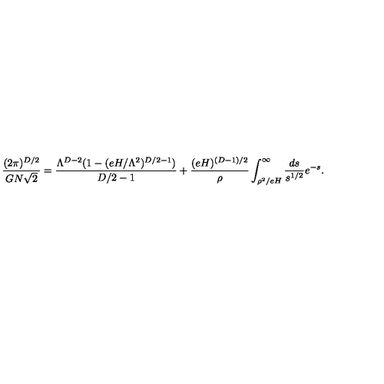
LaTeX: \frac { ( 2 \pi ) ^ { D / 2 } } { G N \sqrt { 2 } } = \frac { \Lambda ^ { D - 2 } ( 1 - ( e H / \Lambda ^ { 2 } ) ^ { D / 2 - 1 } ) } { D / 2 - 1 } + \frac { ( e H ) ^ { ( D - 1 ) / 2 } } { \rho } \int _ { \rho ^ { 2 } / e H } ^ { \infty } \frac { d s } { s ^ { 1 / 2 } } e ^ { - s } .